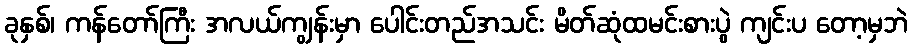
ခုနှစ်၊ ကန်တော်ကြီး အလယ်ကျွန်းမှာ ပေါင်းတည်အသင်း မိတ်ဆုံထမင်းစားပွဲ ကျင်းပ တော့မှဘဲ